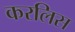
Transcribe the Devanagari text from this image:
करलिस